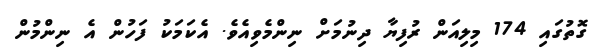
ގޮތުގައި 174 މިލިއަން ރުފިޔާ ދިނުމަށް ނިންމެވިއެވެ. އެކަމަކު ފަހުން އެ ނިންމުން